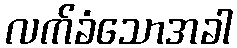
လက်ခံသောအခါ